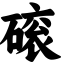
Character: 磙